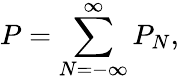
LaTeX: P=\sum_{N=-\infty}^{\infty}P_{N},